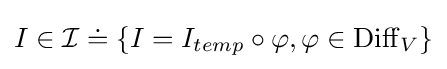
I\in {\mathcal {I}}\doteq \{I=I_{temp}\circ \varphi ,\varphi \in \operatorname {Diff} _{V}\}